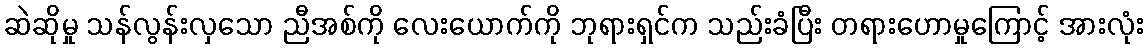
ဆဲဆိုမှု သန်လွန်းလှသော ညီအစ်ကို လေးယောက်ကို ဘုရားရှင်က သည်းခံပြီး တရားဟောမှုကြောင့် အားလုံး